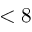
< 8